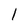
Character: l